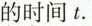
的时间t.